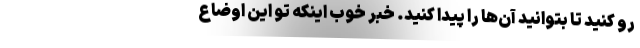
رو کنید تا بتوانید آن‌ها را پیدا کنید. خبر خوب اینکه تو این اوضاع